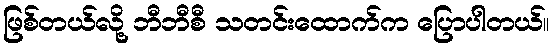
ဖြစ်တယ်လို့ ဘီဘီစီ သတင်းထောက်က ပြောပါတယ်။